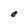
Character: e